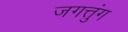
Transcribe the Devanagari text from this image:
जगत्तुंग